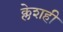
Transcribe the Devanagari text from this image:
क्लेशही